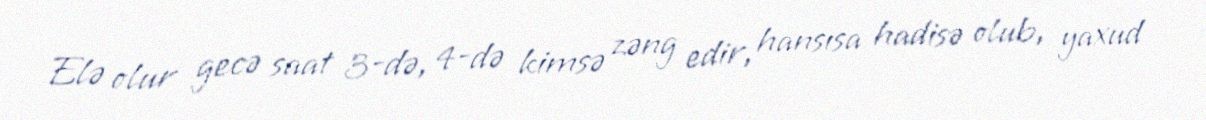
Elə olur gecə saat 3-də, 4-də kimsə zəng edir, hansısa hadisə olub, yaxud